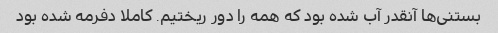
بستنی‌ها آنقدر آب شده بود که همه را دور ریختیم. کاملا دفرمه شده بود